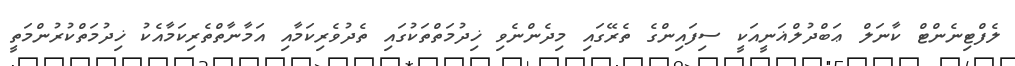
ލެފްޓިނެންޓް ކާނަލް ޢަބްދުލްޣަނީީއަކީ ސިފައިންގެ ތެރޭގައި މިދެންނެވި ޚިދުމަތްތަކުގައި ތެދުވެރިކަމާއި އަމާނާތްތެރިކަމާއެކު ޚިދުމަތްކުރުންމަތީ